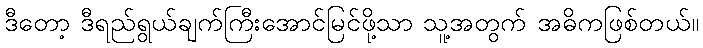
ဒီတော့ ဒီရည်ရွယ်ချက်ကြီးအောင်မြင်ဖို့သာ သူ့အတွက် အဓိကဖြစ်တယ်။